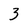
Character: 3